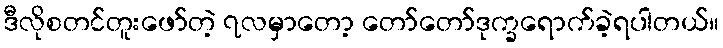
ဒီလိုစတင်တူးဖော်တဲ့ ၇လမှာတော့ တော်တော်ဒုက္ခရောက်ခဲ့ရပါတယ်။